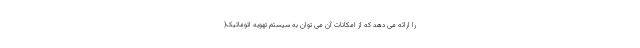
را ارائه می دهد که از امکانات آن می توان به سیستم تهویه اتوماتیک(